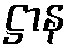
ဋ္ဌာန